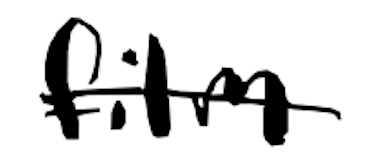
Text: film
Cross-out: single-line
Writing tool: digital_black